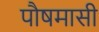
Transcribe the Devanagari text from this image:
पौषमासी